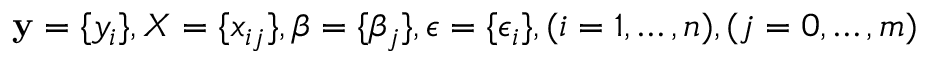
\mathbf { y } = \{ y _ { i } \} , \boldsymbol { X } = \{ x _ { i j } \} , \boldsymbol { \beta } = \{ \beta _ { j } \} , \boldsymbol { \epsilon } = \{ \epsilon _ { i } \} , ( i = 1 , \ldots , n ) , ( j = 0 , \ldots , m )